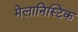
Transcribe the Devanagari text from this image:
मेलानिस्टिक